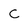
Character: C